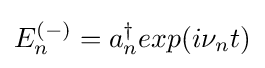
E_{n}^{(-)}=a_{n}^{\dagger }exp(i\nu _{n}t)